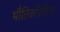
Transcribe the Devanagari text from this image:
भौतिकचिकित्सा